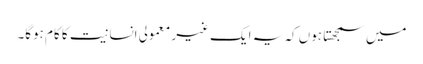
میں سمجھتا ہوں کہ یہ ایک غیر معمولی انسانیت کا کام ہوگا۔